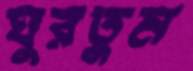
ঘুরতুম